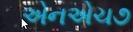
એનએચ૭